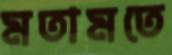
মতামতে